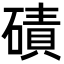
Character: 磧